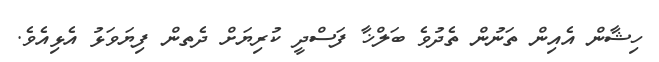
ހިޝާން އެއިން ތަނުން ތެދުވެ ބަލްޚާ ފަސްދީ ކުރިޔަށް ދެތން ފިޔަވަޅު އެޅިއެވެ.